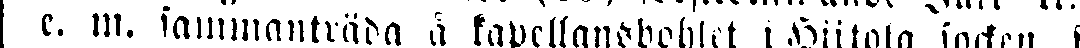
e. m. sammanträda å kapellansbohlet i Hiitola socken, f